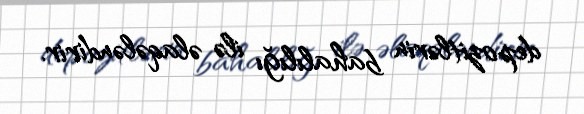
depozitlərin bahalılığı ilə əlaqələndirir.